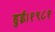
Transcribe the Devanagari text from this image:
हुई।१९८१